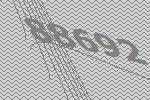
88692